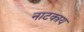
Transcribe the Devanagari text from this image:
नाटक्त्रय